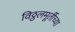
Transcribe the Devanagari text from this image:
विठ्ठलमूर्तीच्या